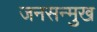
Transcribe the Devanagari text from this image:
जनसन्मुख